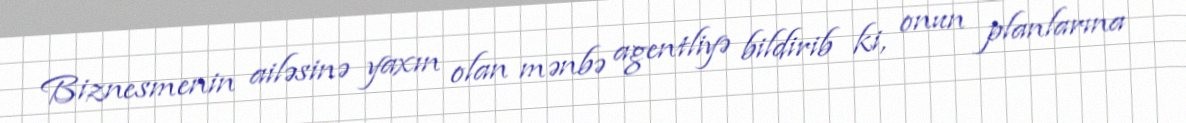
Biznesmenin ailəsinə yaxın olan mənbə agentliyə bildirib ki, onun planlarına